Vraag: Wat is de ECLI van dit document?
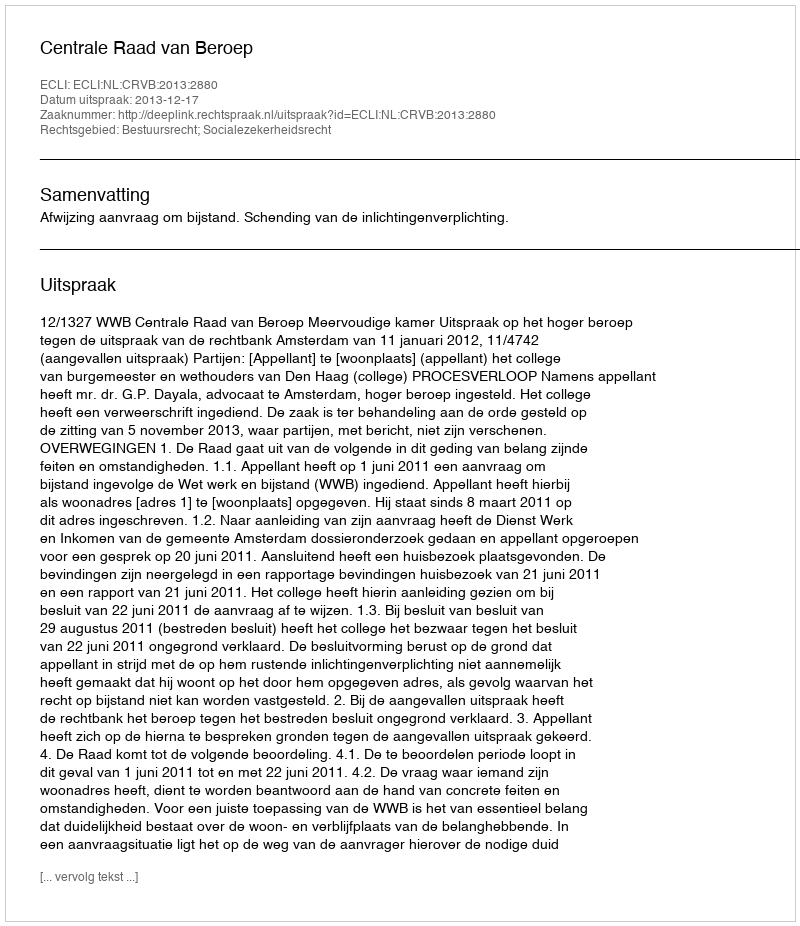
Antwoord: ECLI:NL:CRVB:2013:2880